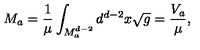
M _ { a } = \frac { 1 } { \mu } \int _ { M _ { a } ^ { d - 2 } } d ^ { d - 2 } x \sqrt { g } = \frac { V _ { a } } { \mu } ,